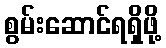
စွမ်းဆောင်ရရှိဖို့